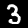
Digit: 3